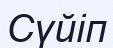
Сүйіп